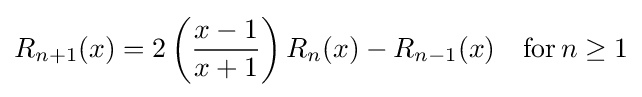
R_{n+1}(x)=2\left({\frac {x-1}{x+1}}\right)R_{n}(x)-R_{n-1}(x)\quad {\text{for}}\,n\geq 1